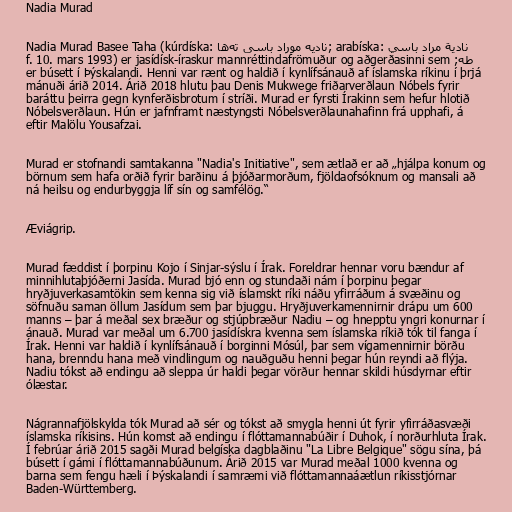
Nadia Murad

Nadia Murad Basee Taha (kúrdíska: نادیە موراد باسی تەھا; arabíska: نادية مراد باسي
طه; f. 10. mars 1993) er jasídísk-íraskur mannréttindafrömuður og aðgerðasinni sem
er búsett í Þýskalandi. Henni var rænt og haldið í kynlífsánauð af íslamska ríkinu í þrjá
mánuði árið 2014. Árið 2018 hlutu þau Denis Mukwege friðarverðlaun Nóbels fyrir
baráttu þeirra gegn kyn­ferðis­brot­um í stríði. Murad er fyrsti Írakinn sem hefur hlotið
Nóbelsverðlaun. Hún er jafnframt næstyngsti Nóbelsverðlaunahafinn frá upphafi, á
eftir Malölu Yousafzai.

Murad er stofnandi samtakanna "Nadia's Initiative", sem ætlað er að „hjálpa konum og
börnum sem hafa orðið fyrir barðinu á þjóðarmorðum, fjöldaofsóknum og mansali að
ná heilsu og endurbyggja líf sín og samfélög.“

Æviágrip.

Murad fæddist í þorpinu Kojo í Sinjar-sýslu í Írak. Foreldrar hennar voru bændur af
minnihlutaþjóðerni Jasída. Murad bjó enn og stundaði nám í þorpinu þegar
hryðjuverkasamtökin sem kenna sig við íslamskt ríki náðu yfirráðum á svæðinu og
söfnuðu saman öllum Jasídum sem þar bjuggu. Hryðjuverkamennirnir drápu um 600
manns – þar á meðal sex bræður og stjúpbræður Nadiu – og hnepptu yngri konurnar í
ánauð. Murad var meðal um 6.700 jasídískra kvenna sem íslamska ríkið tók til fanga í
Írak. Henni var haldið í kynlífsánauð í borginni Mósúl, þar sem vígamennirnir börðu
hana, brenndu hana með vindlingum og nauðguðu henni þegar hún reyndi að flýja.
Nadiu tókst að endingu að sleppa úr haldi þegar vörður hennar skildi húsdyrnar eftir
ólæstar.

Nágrannafjölskylda tók Murad að sér og tókst að smygla henni út fyrir yfirráðasvæði
íslamska ríkisins. Hún komst að endingu í flóttamannabúðir í Duhok, í norðurhluta Írak.
Í febrúar árið 2015 sagði Murad belgíska dagblaðinu "La Libre Belgique" sögu sína, þá
búsett í gámi í flóttamannabúðunum. Árið 2015 var Murad meðal 1000 kvenna og
barna sem fengu hæli í Þýskalandi í samræmi við flóttamannaáætlun ríkisstjórnar
Baden-Württemberg.